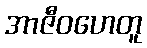
အာဇီဝဟေတူ